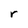
Character: r